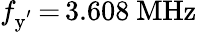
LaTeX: f_{\mathrm{y^{'}}}\, {=}\, 3.608~\mathrm{MHz}